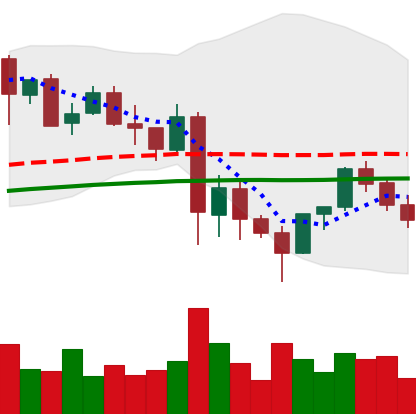
Ticker: LINK-USD
Chart end date: 2021-05-29
Forward return: 26.741%
Label: up_7plus